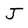
Character: J